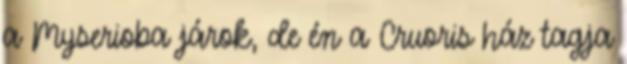
a Myserioba járok, de én a Cruoris ház tagja